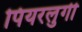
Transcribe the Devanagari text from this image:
पियरलुगी